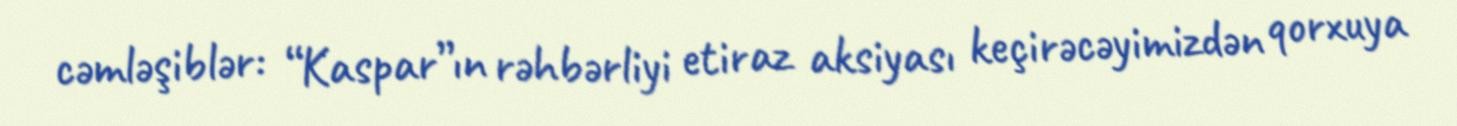
cəmləşiblər: “Kaspar”ın rəhbərliyi etiraz aksiyası keçirəcəyimizdən qorxuya